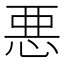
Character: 悪